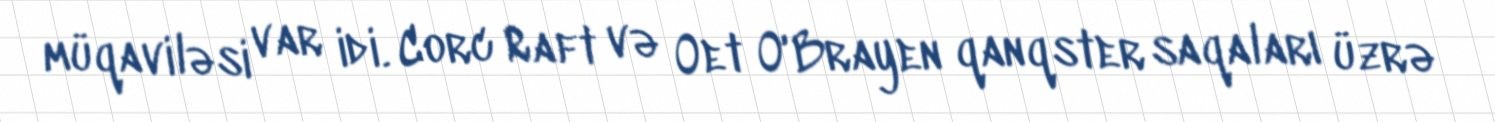
müqaviləsi var idi. Corc Raft və Oet O'Brayen qanqster saqaları üzrə